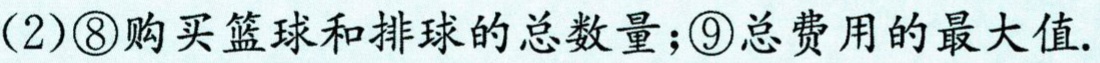
(2)\textcircled{8}购买篮球和排球的总数量；\textcircled{9}总费用的最大值.